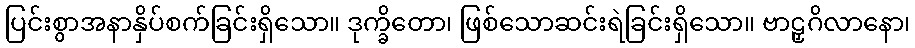
ပြင်းစွာအနာနှိပ်စက်ခြင်းရှိသော။ ဒုက္ခိတော၊ ဖြစ်သောဆင်းရဲခြင်းရှိသော။ ဗာဠှဂိလာနော၊